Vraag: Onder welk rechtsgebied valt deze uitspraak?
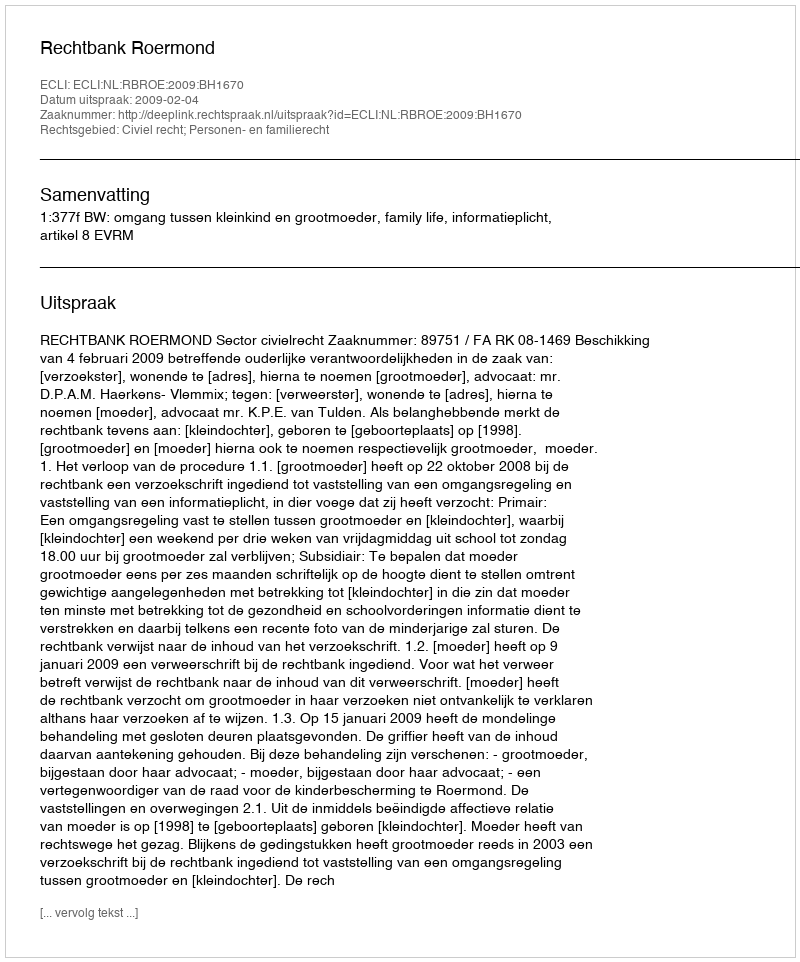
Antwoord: Civiel recht; Personen- en familierecht